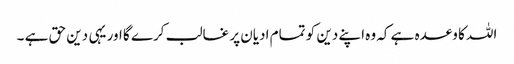
اللہ کا وعدہ ہے کہ وہ اپنے دین کو تمام ادیان پر غالب کرے گا اور یہی دین حق ہے ۔